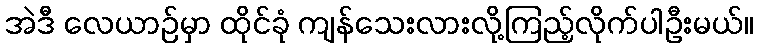
အဲဒီ လေယာဉ်မှာ ထိုင်ခုံ ကျန်သေးလားလို့ကြည့်လိုက်ပါဦးမယ်။